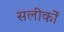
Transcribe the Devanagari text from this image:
सलीकों